Lunatic asylums Bombay report 1891-1903 - 1891-1903
Year: 1891
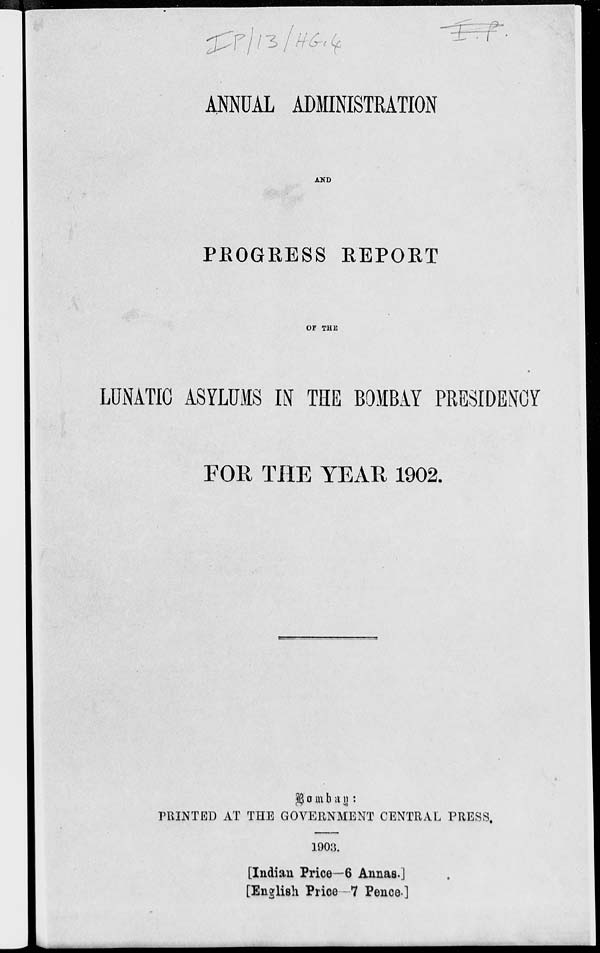
ANNUAL ADMINISTRATION
AND
PROGRESS REPORT
OF THE
LUNATIC ASYLUMS IN THE BOMBAY PRESIDENCY
FOR THE YEAR 1902.
Bombay:
PRINTED AT THE GOVERNMENT CENTRAL PRESS.
1903.
[Indian Price—6 Annas.]
[English Price—7 Pence.]